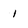
Character: 1